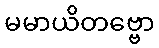
မမာယိတဗ္ဗော